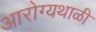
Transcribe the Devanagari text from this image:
आरोग्यथाळी